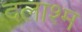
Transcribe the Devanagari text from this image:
दलाश्म